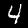
Digit: 4